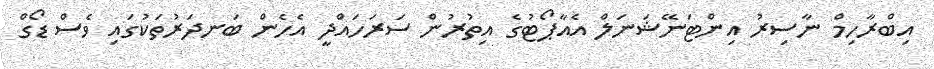
އިބްރާހިމް ނާސިރު އިންޓަނޭޝަނަލް އެއާޕޯޓުގެ އިތުރުން ސަރަހައްދީ އެހެން ބަނދަރުތަކުގައި ވެސް ޑޯގް